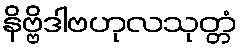
နိဗ္ဗိဒါဗဟုလသုတ္တံ